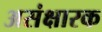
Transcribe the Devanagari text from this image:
असंक्षारक